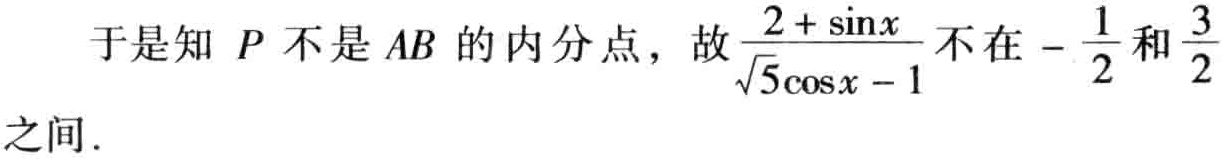
于是知 \(P\) 不是 \(AB\) 的内分点，故\(\frac{2 + \sin x}{\sqrt{5}\cos x - 1}\) 不在 \(-\frac{1}{2}\) 和 \(\frac{3}{2}\) 之间.